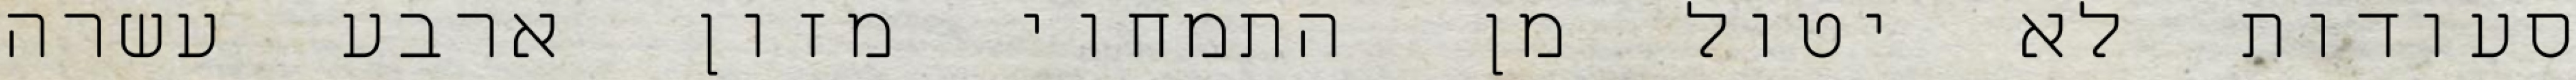
סעודות לא יטול מן התמחוי מזון ארבע עשרה